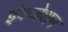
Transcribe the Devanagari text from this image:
इंक्जेशन